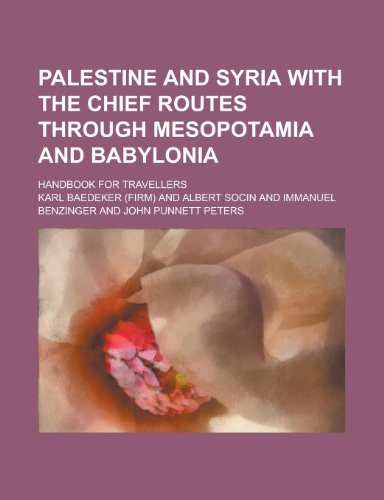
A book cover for Palestine and Syria with the chief routes through Mesopotamia and Babylonia; handbook for travellers; Karl Baedeker; Travel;